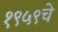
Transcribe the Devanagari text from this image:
१९५९चे